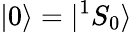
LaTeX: |0\rangle=|^{1}S_{0}\rangle